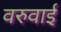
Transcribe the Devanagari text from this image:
वरुवाई